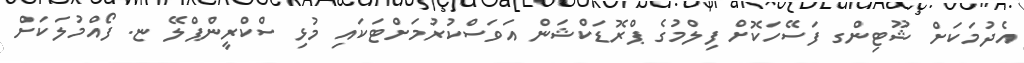
އެދުމަކަށް ޝޫޓިންގ ފަސޭހަކޮށް ފިލްމުގެ ޕްރޮޑަކްޝަން އަވަސްކުރުމަށްޓަކައި މުޅި ސްކްރީންޕްލޭ ޏ. ފޯއްމުލަކަށް